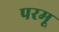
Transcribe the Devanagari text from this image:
परमू